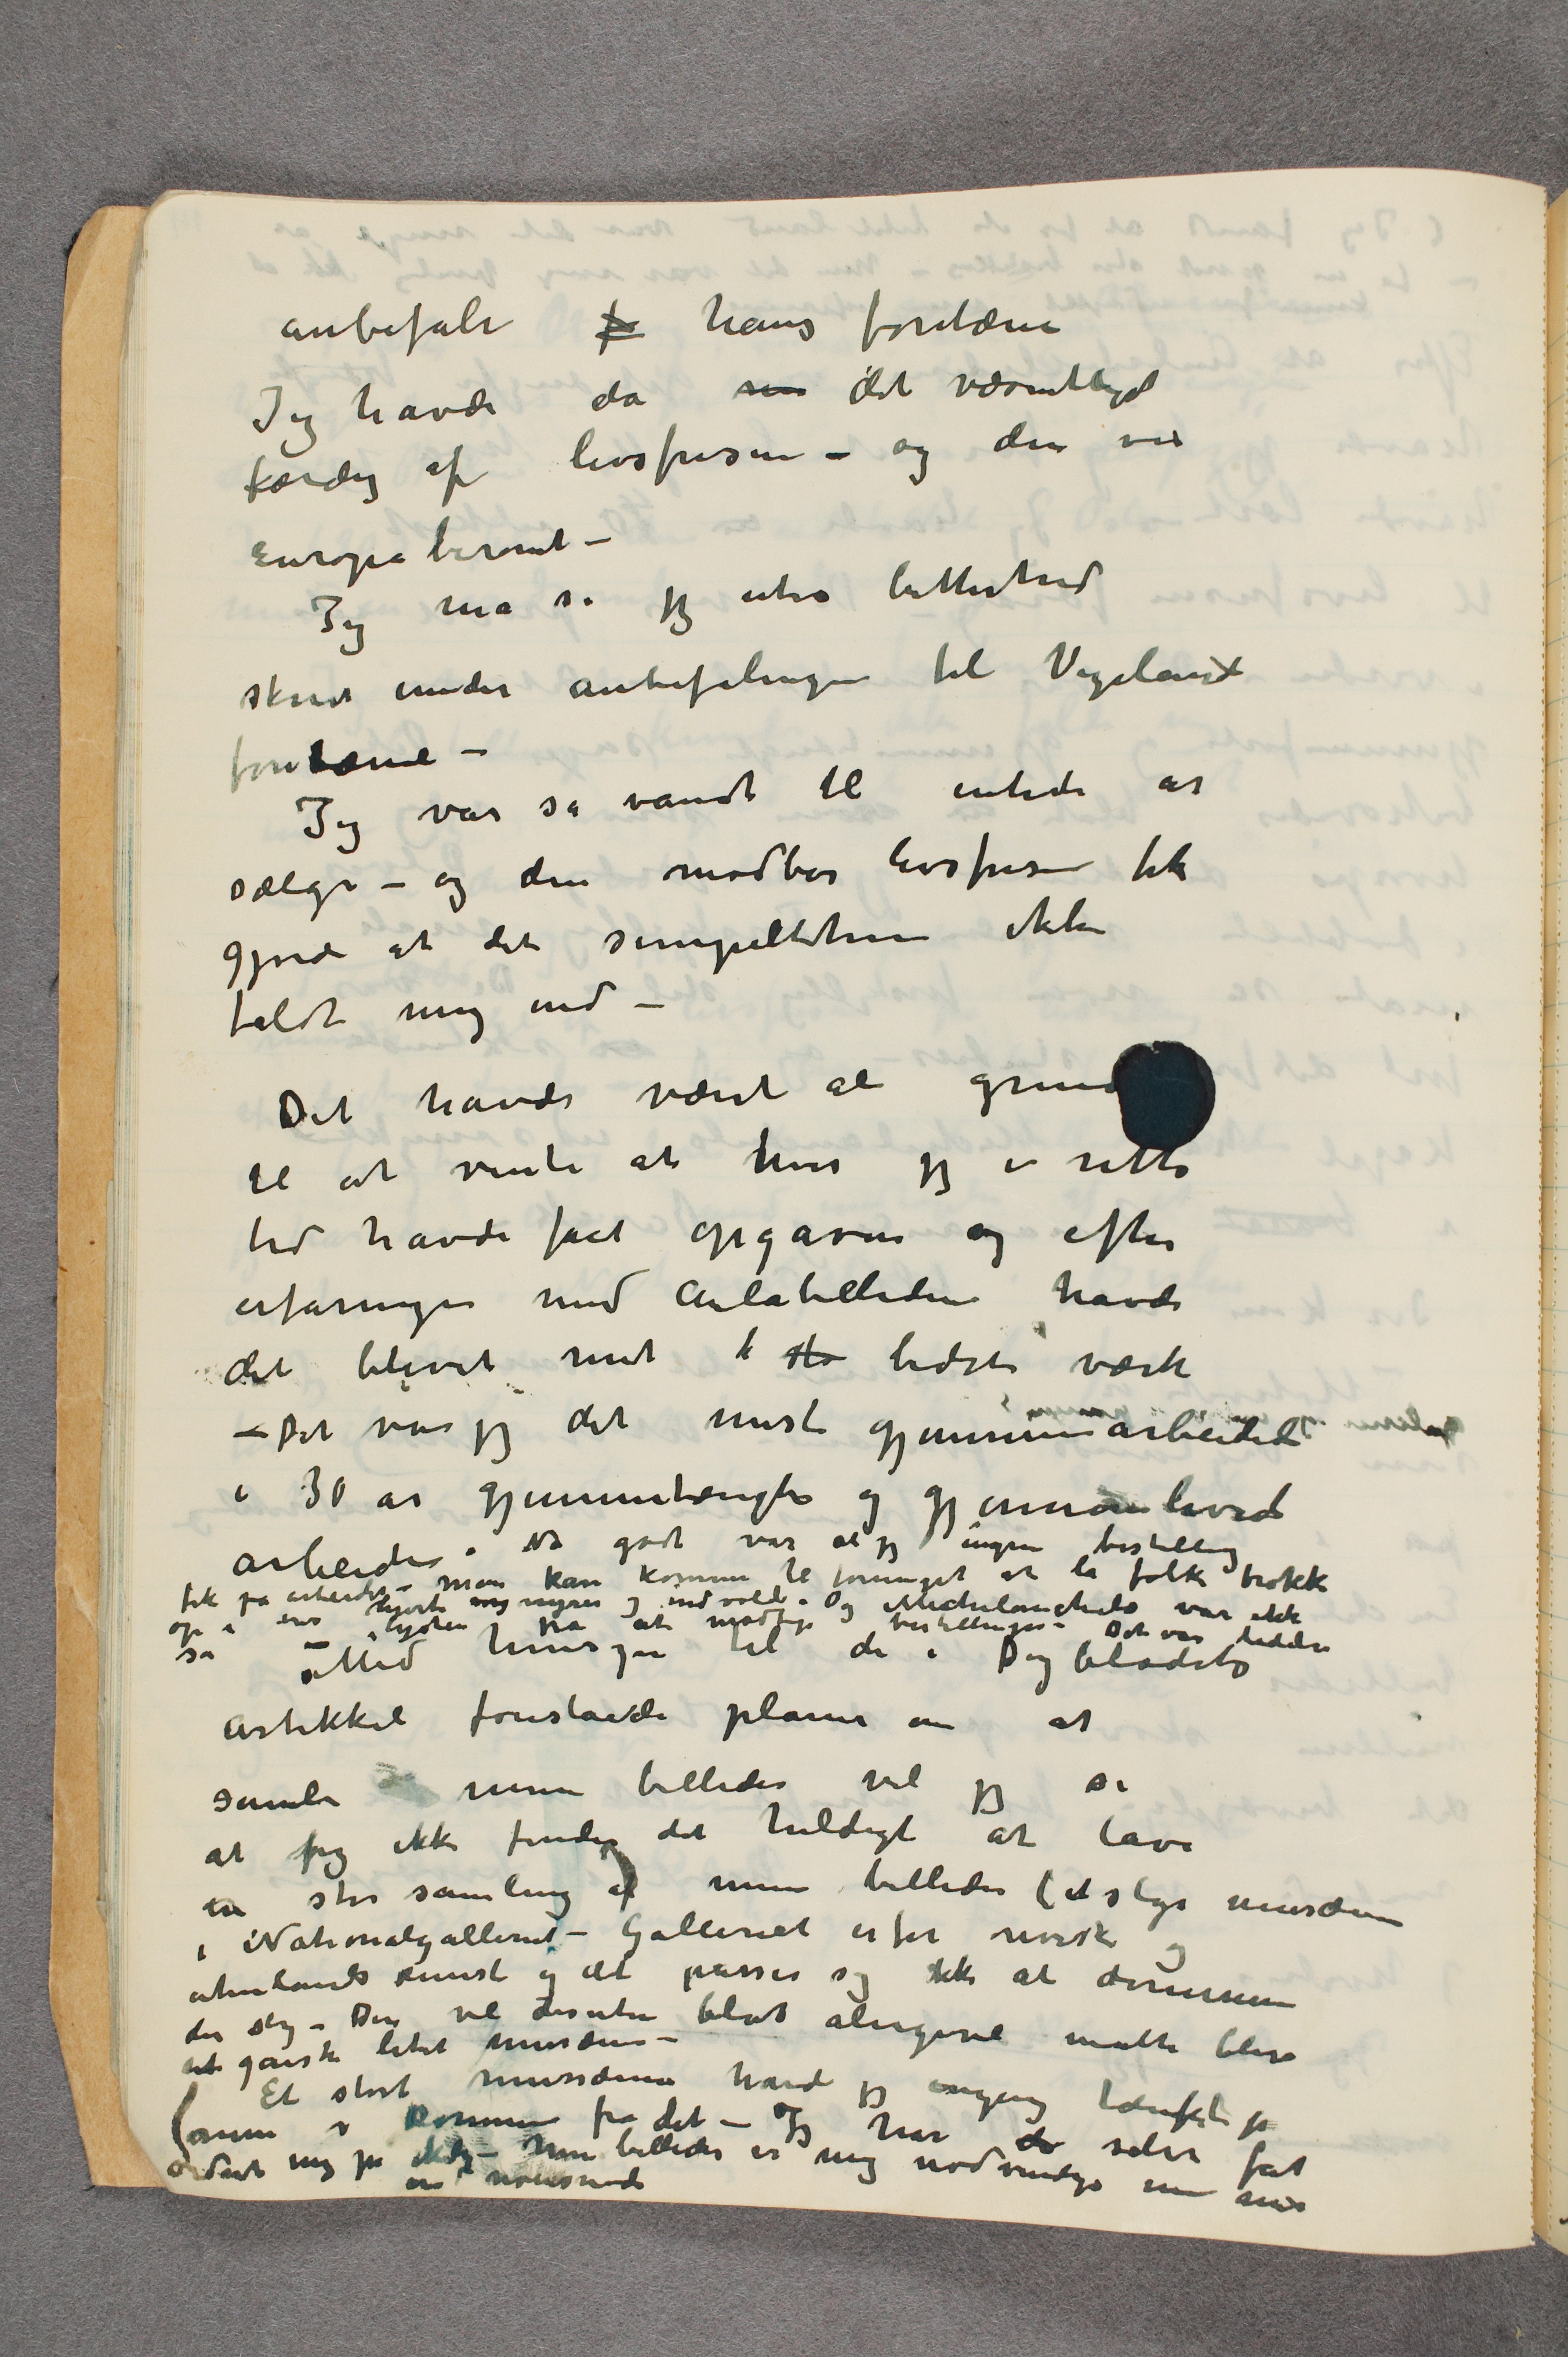
anbefale fo hans fontæne
Jeg havde da  …  det væsentligste
færdig af livsfrisen – og den var
Europaberømt –
Jeg må si jeg uten bitterhed
skrev under anbefalingen til Vigelands
fontæne –
Jeg var så vandt til intet at
sælge – og den modbør livsfrisen fik
gjorde at det simpelthen ikke
faldt mig ind –
 Det havde været al grund
til at vente at hvis jeg i rette
tid havde fået opgaven og efter
erfaringen med Aulabilledene  havde
det blevet mit  …  sto bedste værk
– Det var jeg det mest gjennemarbeidede
i 30 år gjennemtængte og gjennemlevede
arbeider. Nu godt var at jeg ingen bestilling
fik på arbeider – Man kan komme til formeget at la folk tråkke
op i ens hjerte  …  nyrer og indvolde. Og Michelanchelo var ikke
så lysten på at modtage bestillingen – Det var  ...
– Med hensyn til de i Dagbladets
artikkel foreslåede planer om at
samle  …  mine billeder vil jeg si
at jeg ikke finder det heldigt at lave
en stor samling af mine billeder (et slags musæum
i Nationalgalleriet) – Galleriet er for norsk og
udenlands kunst og det passer sig ikke at dominere
det slig – Der vil desuten blot aligevel måtte blive
et ganske litet musæum –
Et stort mussæum havde jeg engang tænkt på
(men er kommen fra det – Jeg har da selv fåt
ordnet mig på ekely – Mine billeder er mig nødvendige nu mer
end noensinde